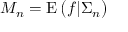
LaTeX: M _ { n } = \operatorname { E } { \bigl ( } f | \Sigma _ { n } { \bigr ) }